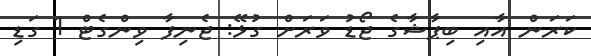
ކަރަން އާއި ބިޕާޝާގެ ޖޯޑު ވަރަށް ގުޅޭ: ޖެނިފާ ވިންގެޓް 1 ގަޑި